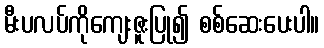
မီးပလပ်ကိုကျေးဇူးပြု၍ စစ်ဆေးပေးပါ။